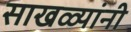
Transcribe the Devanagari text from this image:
साखळ्यांनी